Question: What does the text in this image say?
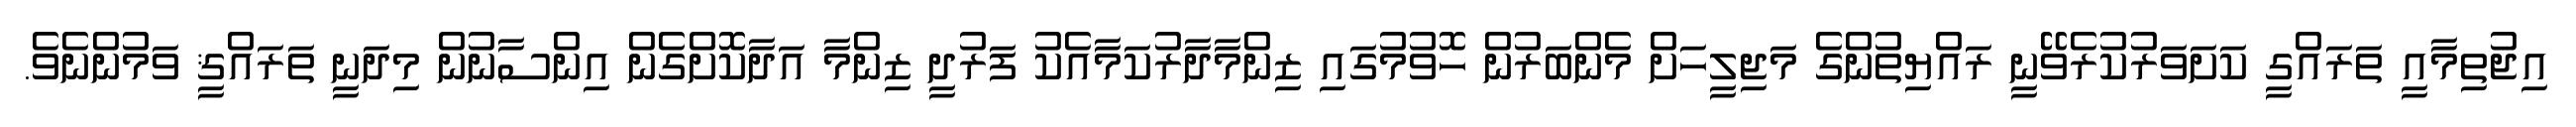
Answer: އިޖުތިމާއީ ތަރައްގީ ކަށަވަރުކުރެވޭނީ ރައްޔިތުންގެ މަޖިލީހަށް މެންބަރުން ހޮވުމުގައި ޒިންމާދާރުކަމާއެކު ފަރުދީ ޒިންމާ އަދާކޮށްގެން އިންސާނުން މިދަނީ ތަރައްޤީ ވަމުންނެވެ.